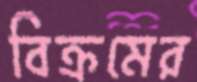
বিক্রমের